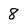
Character: 8